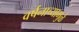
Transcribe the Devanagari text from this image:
वर्षनाच्यामुळे